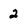
Character: 2